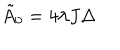
{ \tilde { A } } _ { 0 } = 4 \lambda J \Delta